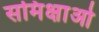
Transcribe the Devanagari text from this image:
समिक्षाओ